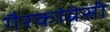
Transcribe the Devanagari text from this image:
गैरकांग्रेसी